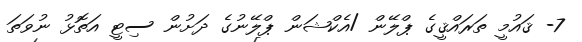
7- ޤައުމީ ތަރައްޤީގެ ޕްލޭން /އެކްޝަން ޕްލޭނުގެ ދަށުން ސިޓީ އަތޮޅު ނުވަތަ